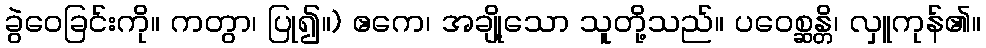
ခွဲဝေခြင်းကို။ ကတွာ၊ ပြု၍။) ဧကေ၊ အချို့သော သူတို့သည်။ ပဝေစ္ဆန္တိ၊ လှူကုန်၏။